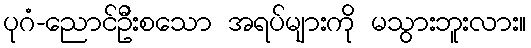
ပုဂံ-ညောင်ဦးစသော အရပ်များကို မသွားဘူးလား။